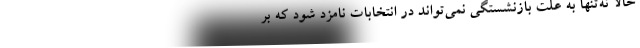
حالا نه‌تنها به علت بازنشستگی نمی‌تواند در انتخابات نامزد شود که بر